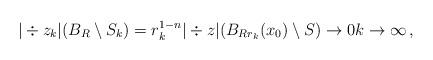
LaTeX: \begin{align*}|\div z_k|(B_R\setminus S_k) = r_k^{1-n} |\div z|(B_{Rr_k}(x_0) \setminus S) \to 0 k\to\infty\,,\end{align*}